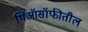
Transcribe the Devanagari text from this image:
थिऑसॉफीतील